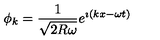
\phi _ { k } = { \frac { 1 } { \sqrt { 2 R \omega } } } e ^ { \imath ( k x - \omega t ) }